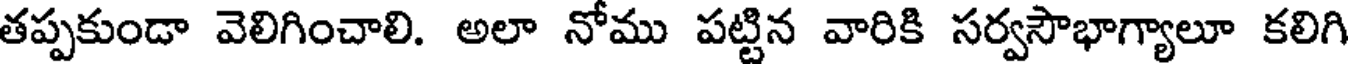
తప్పకుండా వెలిగించాలి. అలా నోము పట్టిన వారికి సర్వసౌభాగ్యాలూ కలిగి